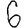
Digit: 6